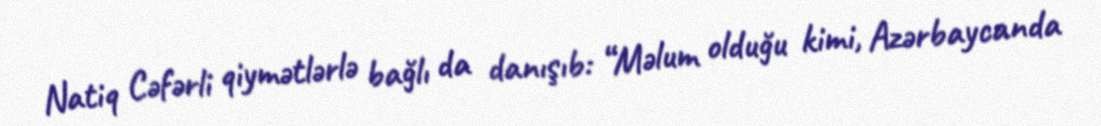
Natiq Cəfərli qiymətlərlə bağlı da danışıb: “Məlum olduğu kimi, Azərbaycanda